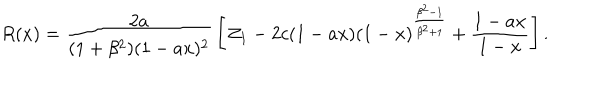
R ( x ) = { \frac { 2 a } { ( 1 + \beta ^ { 2 } ) ( 1 - a x ) ^ { 2 } } } \left[ { \cal Z } _ { 1 } - 2 c ( 1 - a x ) ( 1 - x ) ^ { \frac { \beta ^ { 2 } - 1 } { \beta ^ { 2 } + 1 } } + { \frac { 1 - a x } { 1 - x } } \right] .